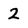
Character: 2